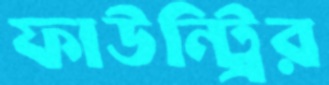
ফাউন্ট্রির